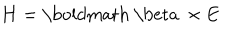
{ \bf H } = \mathrm { \boldmath ~ \ b e t a ~ } \times { \bf E }